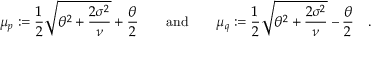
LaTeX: \mu _ { p } : = { \frac { 1 } { 2 } } { \sqrt { \theta ^ { 2 } + { \frac { 2 \sigma ^ { 2 } } { \nu } } } } + { \frac { \theta } { 2 } } \quad \quad { \mathrm { a n d } } \quad \quad \mu _ { q } : = { \frac { 1 } { 2 } } { \sqrt { \theta ^ { 2 } + { \frac { 2 \sigma ^ { 2 } } { \nu } } } } - { \frac { \theta } { 2 } } \quad .